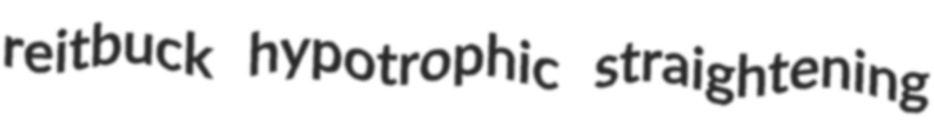
reitbuck hypotrophic straightening